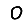
Digit: 0